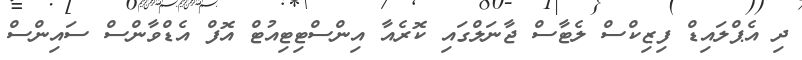
ދި އެޕްލައިޑް ފިޒިކްސް ލެޓާސް ޖާނަލްގައި ކޮރެއާ އިންސްޓިޓިއުޓް އޮފް އެޑްވާންސް ސައިންސް